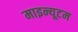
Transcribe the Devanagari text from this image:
माइन्यूटम